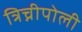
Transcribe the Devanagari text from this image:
त्रिच्नीपोली